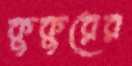
কুকুরের